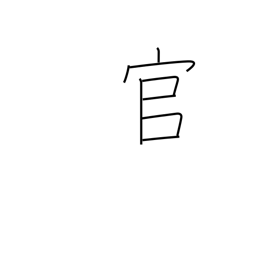
Meaning: the government